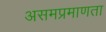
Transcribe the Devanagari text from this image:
असमप्रमाणता